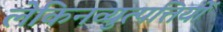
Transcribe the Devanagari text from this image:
लेकिनव्युत्पत्तियों